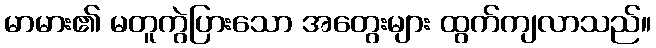
မာမား၏ မတူကွဲပြားသော အတွေးများ ထွက်ကျလာသည်။